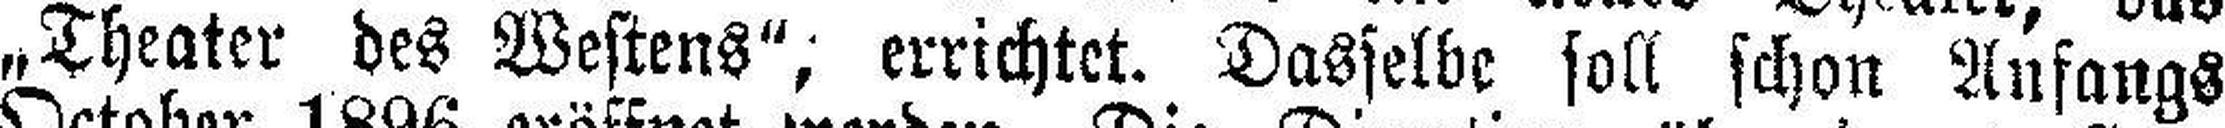
„Theater des Westens“, errichtet. Dasselbe soll schon Anfangs